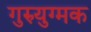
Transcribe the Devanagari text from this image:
गुरुयुग्मक